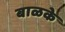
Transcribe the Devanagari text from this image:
बाळके